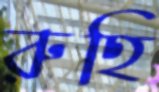
রুহি